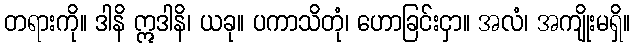
တရားကို။ ဒါနိ ဣဒါနိ၊ ယခု။ ပကာသိတုံ၊ ဟောခြင်းငှာ။ အလံ၊ အကျိုးမရှိ။